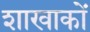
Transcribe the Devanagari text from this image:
शाखाकों